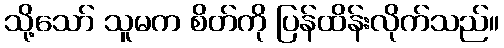
သို့သော် သူမက စိတ်ကို ပြန်ထိန်းလိုက်သည်။